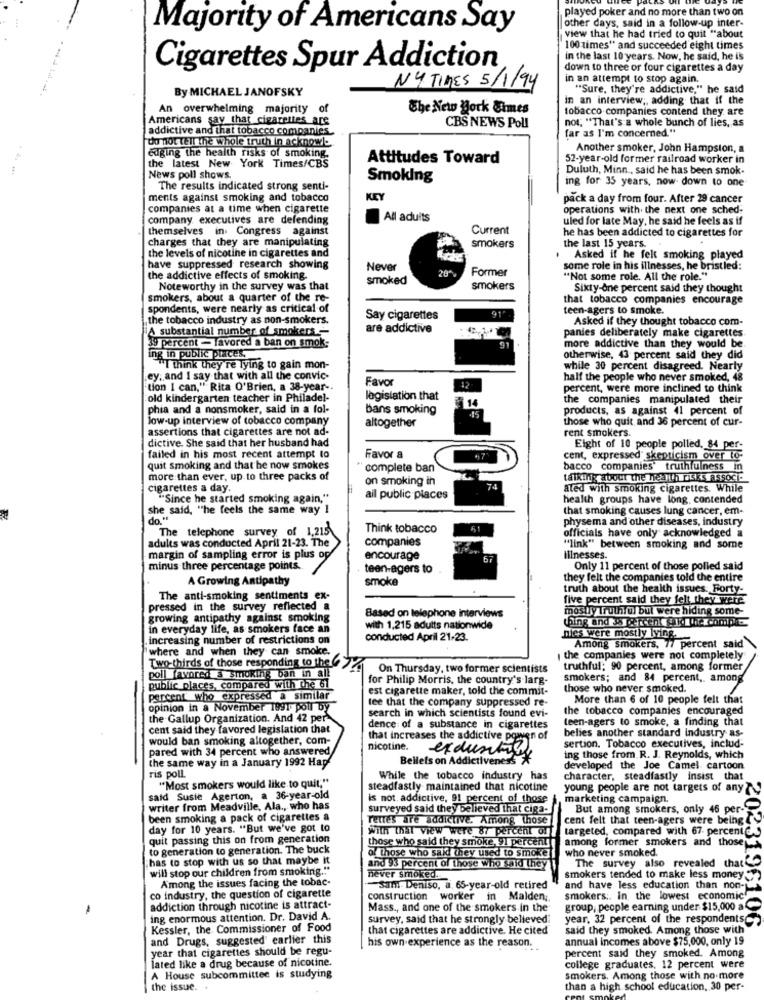
played poker and no more than two on
other days, said in a follow-up inter-
Majority of Americans Say
view that he had tried to quit "about
100times" and succeeded eight times
In the last 10 years. Now, he said, he is
Cigarettes Spur Addiction
down to three or four cigarettes a day
in an attempt to stop again.
NY TIMES 5/1/94
"Sure, they're addictive," he said
By MICHAEL JANOFSKY
in an interview ;, adding that if the
An overwhelming majority of
The New Bork Cimes
tobacco companies contend they are
Americans say that cigarettes are
not, "That's a whole bunch of lies, as
addictive and that tobacco companies
CBS NEWS Pol!
far as I'm concerned."
do not tell the whole truth in acknowl.
Another smoker, John Hampsion, a
edging the health risks of smoking.
Attitudes Toward
52-year-old former railroad worker in
the latest New York Times/CBS
Duluth, Minn , said he has been smok-
News poll shows.
Smoking
ing for 35 years, now down to one
The results indicated strong senti-
ments against smoking and tobacco
KEY
pack a day from four. After 29 cancer
companies at a time when cigarette
operations with the next one sched-
company executives are defending
All adults
uled for late May, he said he feels as if
themselves in Congress against
Current
he has been addicted to cigarettes for
charges that they are manipulating
smokers
the last 15 years.
the levels of nicotine in cigarettes and
Asked if he felt smoking played
have suppressed research showing
Never
Former
some role in his illnesses, he bristled:
the addictive effects of smoking.
smoked
"Not some role. All the role."
Noteworthy in the survey was that
smokers
Sixty-one percent said they thought
smokers, about a quarter of the re-
that tobacco companies encourage
spondents, were nearly as critical of
teen-agers to smoke.
the tobacco industry as non-smokers.
Say cigarettes
Asked if they thought tobacco com-
A substantial number of smokers -
are addictive
panies deliberately make cigarettes
91
39 percent - favored a ban on smok:
more addictive than they would be
ing in public places,
otherwise, 43 percent said they did
"I think they're Tying to gain mon-
while 30 percent disagreed. Nearly
ey, and I say that with all the convic-
Favor
half the people who never smoked, 48
tion I can," Rita O'Brien, a 38-year-
17
percent, were more inclined to think
old kindergarten teacher in Philadel-
legislation that
14
the companies manipulated their
phia and a nonsmoker, said in a fol-
Dans smoking
products, as against 41 percent of
low-up interview of tobacco company
altogether
.15
those who quit and 36 percent of cur-
assertions that cigarettes are not ad-
dictive. She said that her husband had
rent smokers.
Eight of 10 people polled, 84 per-
failed in his most recent attempt to
Favor &
cent, expressed skepticism over to-
quit smoking and that he now smokes
complete ban
bacco companies" truthfulness in
more than ever, up to three packs of
on smoking in
talking about the health risks associ.
cigarettes a day.
74
ated with smoking cigarettes. While
"Since he started smoking again,"
ail public places
health groups have long. contended
she said, "he feels the same way I
that smoking causes lung cancer, em-
do "s"
physema and other diseases, industry
The telephone survey of 1,215
Think tobacco
61
officials have only acknowledged a
adults was conducted April 21-23. The
companies
"link" between smoking and some
margin of sampling error is plus of
encourage
Illnesses.
minus three percentage points.
teen-agers to
Only 11 percent of those polled said
A Growing Antipathy
smoke
they felt the companies told the entire
truth about the health issues. Forty-
The anti-smoking sentiments ex-
five percent said they felt they were
pressed in the survey reflected a
mostly Truthful but were hiding some-
growing antipathy against smoking
Based on telephone interviews
thing and 38 percent lid the comple
in everyday life, as smokers face an
with 1,215 adults nationwide
increasing number of restrictions on
conducted April 21-23.
Dies were mostly lying.
where and when they can smoke.
Among smokers, 77 percent said
the companies were not completely
Two-thirds of those responding to the
On Thursday, two former scientists
truthful; 90 percent, among former
poll favored a smoking ban in all
for Philip Morris, the country's larg-
smokers; and 84 percent ,, among
public places, compared with the 61
est cigarette maker, told the commit-
those who never smoked.
percent who expressed a similar
tee that the company suppressed re-
More than 6 of 10 people felt that
opinion in a November 1991- poll by
the tobacco companies encouraged
the Gallup Organization. And 42 per-
search in which scientists found evi-
teen-agers to smoke, a finding that
cent said they favored legislation that
dence of a substance in cigarettes
belies another standard industry as-
would ban smoking altogether, com-
that increases the addictive power of
pared with 34 percent who answered
nicotine.
exduntiny
sertion. Tobacco executives, includ-
the same way in a January 1992 Hap
Bellefs on Addictiveness
ing those from R. J. Reynolds, which
developed the Joe Camel cartoon
ris poll.
"Most smokers would like to quit,"
While the tobacco industry has
character, steadfastly insist that
steadfastly maintained that nicotine
young people are not targets of any
said Susie Agerton, a 36-year-old
is not. addictive, 91 percent of those
marketing campaign.
writer from Meadville, Ala ., who has
surveyed said they believed that ciga-
But among smokers, only 46 per-
been smoking a pack of cigarettes a
rettes are addictive. Among those
cent felt that teen-agers were being
day for 10 years. "But we've got to
With That view were 87 percent of
targeted, compared with 67. percent de
quit passing this on from generation
those who said they smoke, 91 percent
among former smokers and those
to generation to generation. The buck
of those who said they used to smoke
who never smoked.
has to stop with us so that maybe it
The survey also revealed that
will stop our children from smoking.""
and 93 percent of those who said they
Among the issues facing the tobac-
never smoked.
smokers tended to make less money
Sam Deniso, a. 65-year-old retired
and have less education than non-
co industry, the question of cigarette
construction
worker in Malden ;.
smokers :. in the lowest economic
addiction through nicotine is attract-
Mass ., and one of the smokers in the
group, people earning under $15,000 a
ing enormous attention. Dr. David A.
survey, said that he strongly believed:
year, 32 percent of the respondents
2023196100
Kessler, the Commissioner of Food
that cigarettes are addictive. He cited
said they smoked. Among those with
and Drugs, suggested' earlier this
annual incomes above $75,000, only 19
year that cigarettes should be regu-
[ his own experience as the reason.
percent said they smoked. Among
lated like a drug because of nicotine.
college graduates, 12 percent were
A House subcommittee is studying
smokers. Among those with no more
the issue. .
than a high school education, 30 per-